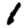
Digit: 1